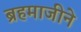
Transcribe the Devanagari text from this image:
ब्रहमाजीने